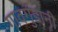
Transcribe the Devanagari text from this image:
गावगुंडानी